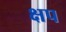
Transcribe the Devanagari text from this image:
क्षप